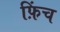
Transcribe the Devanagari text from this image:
फ़िंच